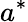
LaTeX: a^{\ast}